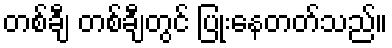
တစ်ချီ တစ်ချီတွင် ပြုံးနေတတ်သည်။